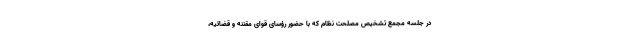
در جلسه مجمع تشخیص مصلحت نظام که با حضور رؤسای قوای مقننه و قضائیه،